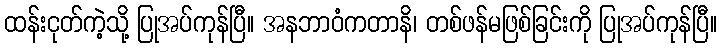
ထန်းငုတ်ကဲ့သို့ ပြုအပ်ကုန်ပြီ။ အနဘာဝံကတာနိ၊ တစ်ဖန်မဖြစ်ခြင်းကို ပြုအပ်ကုန်ပြီ။